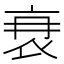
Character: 𮕫